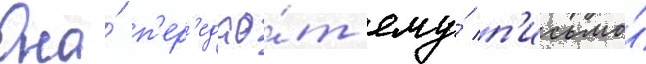
Она́ п'ер'едао́т ему́ п'исьмо́